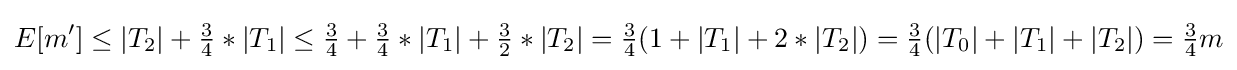
E[m']\leq |T_{2}|+{\tfrac {3}{4}}*|T_{1}|\leq {\tfrac {3}{4}}+{\tfrac {3}{4}}*|T_{1}|+{\tfrac {3}{2}}*|T_{2}|={\tfrac {3}{4}}(1+|T_{1}|+2*|T_{2}|)={\tfrac {3}{4}}(|T_{0}|+|T_{1}|+|T_{2}|)={\tfrac {3}{4}}m